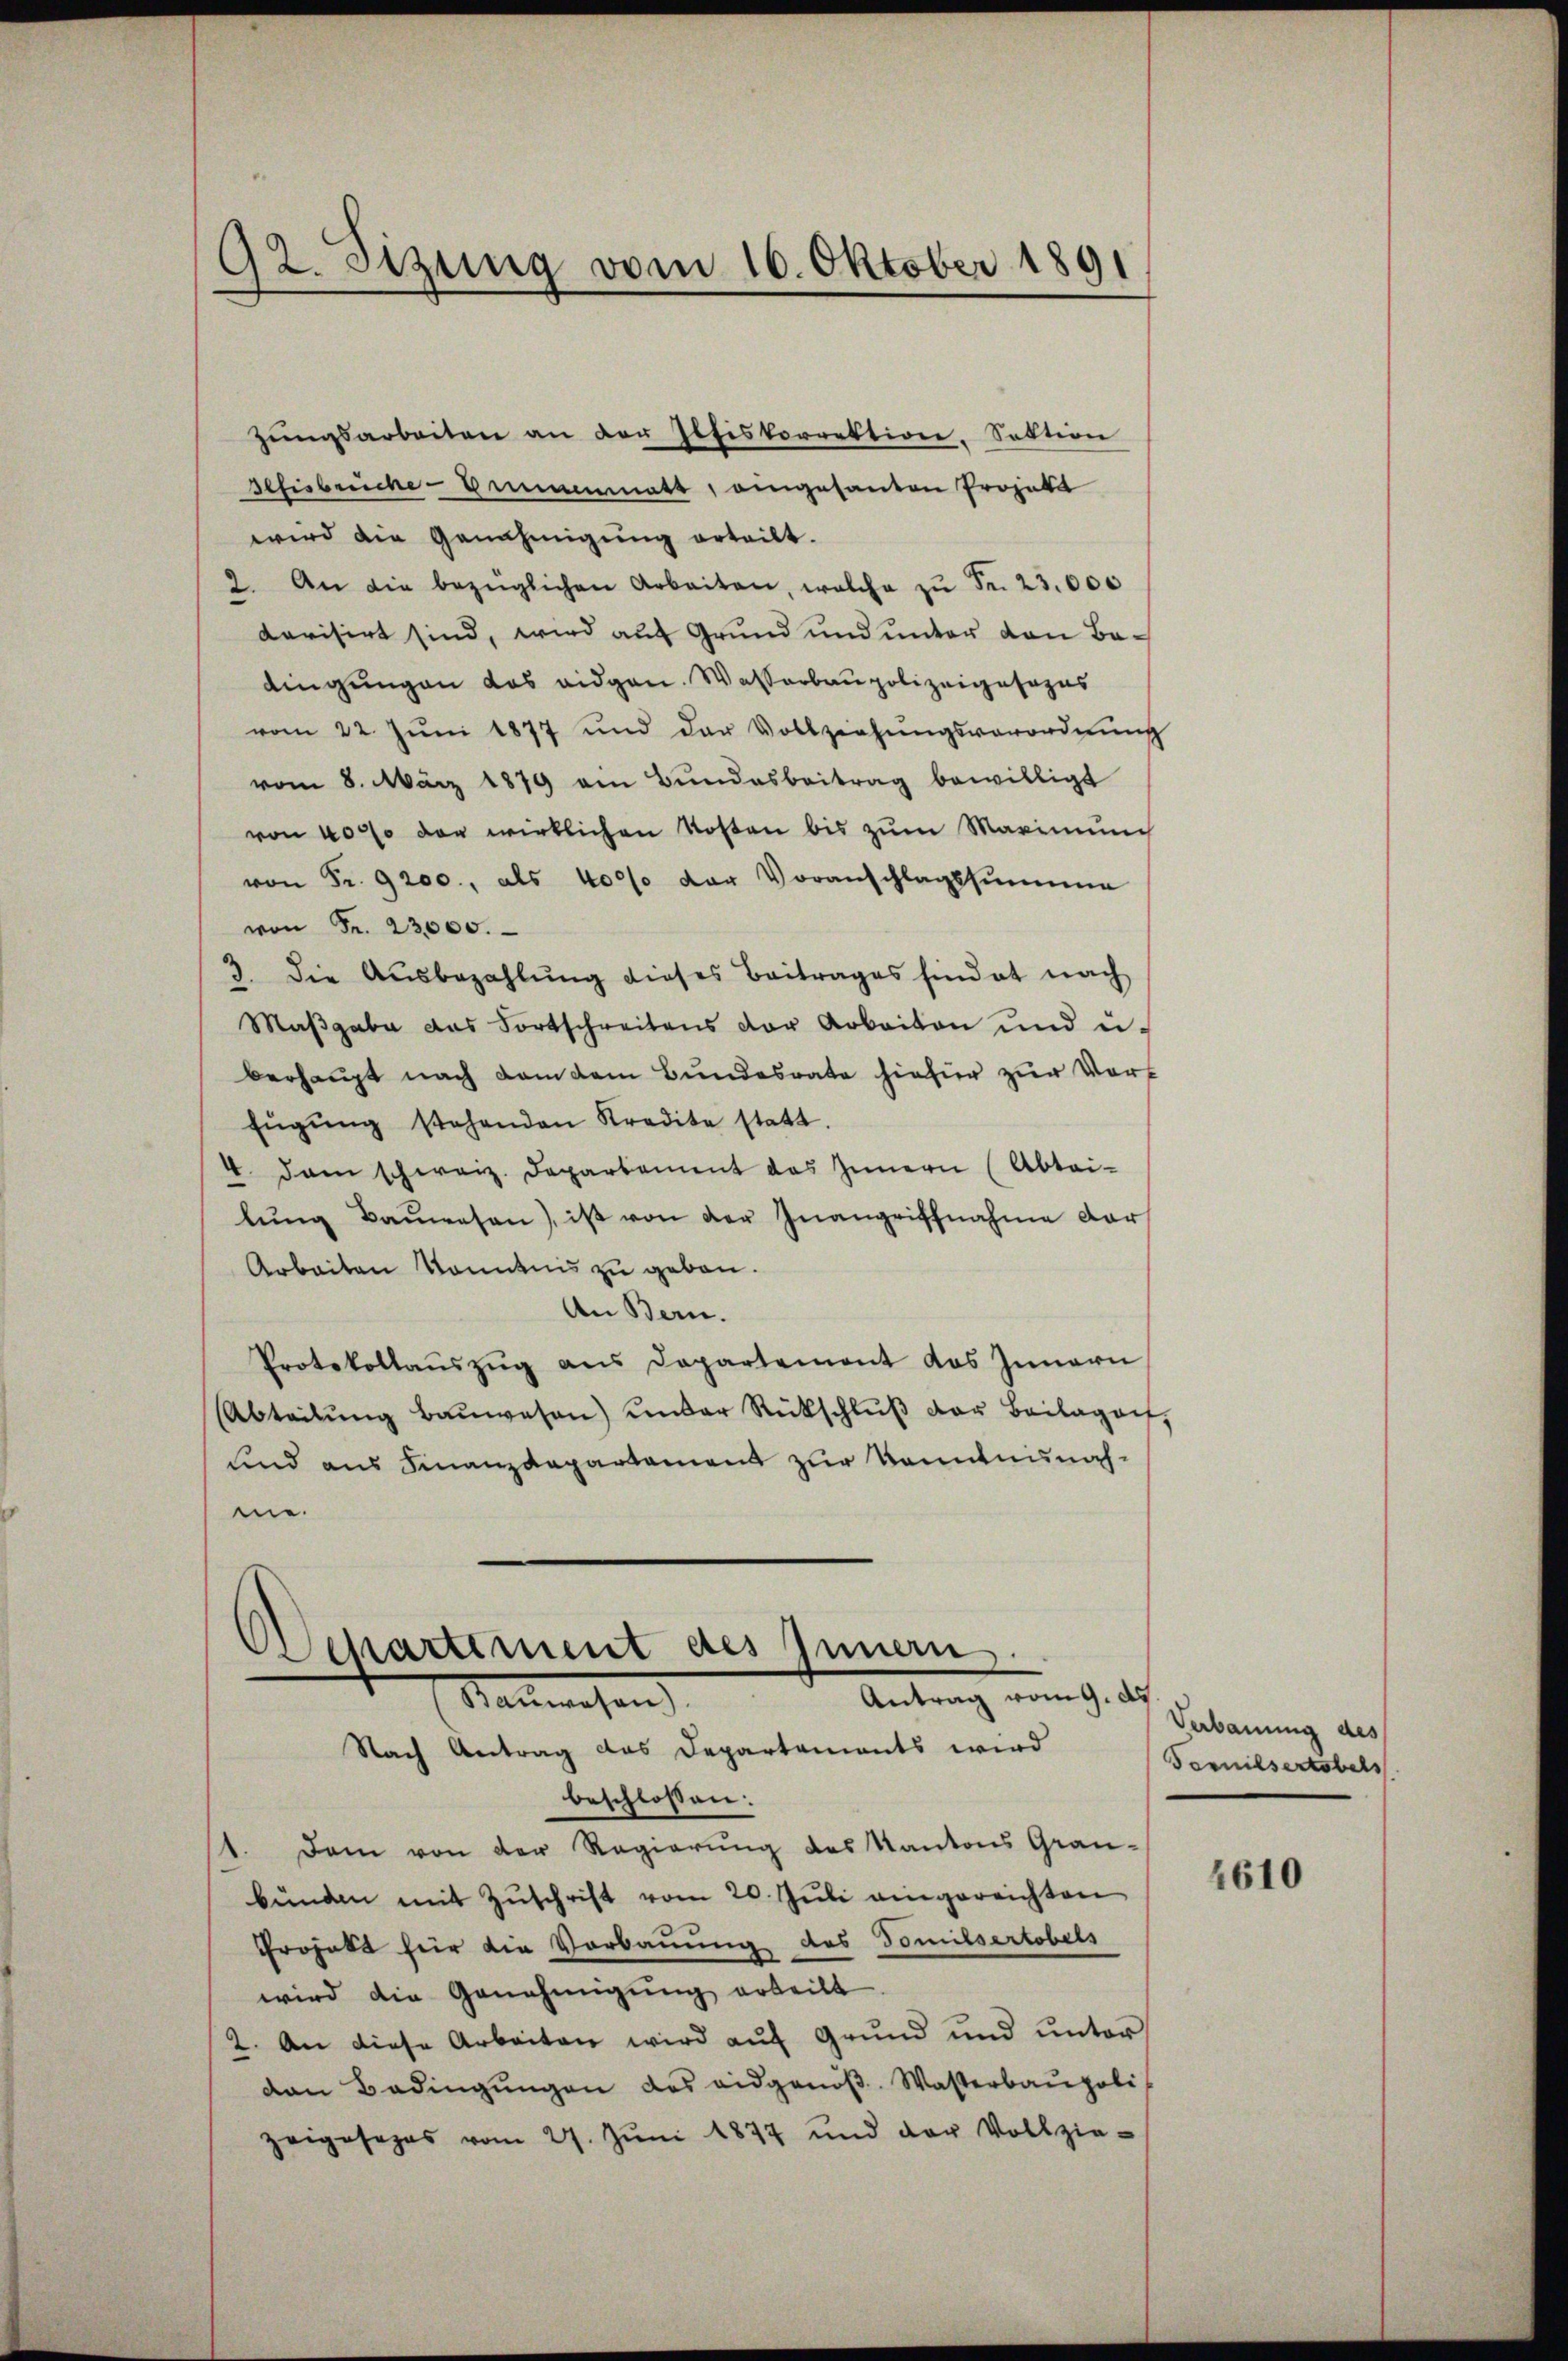
Sefisbruche - Ammenmatt, angesanten Projekt
wird die Genehmigung erteilt.
2. An die bezüglichen Arbeiten, welche zŭ Fr. 23,000
darisirt sind, wird auf Grund und unter von Badingungen das eidgen. Wasserbaupolizeigesezes
vom 22. Jŭni 1877 und der Vollziehŭngsverordnŭng
vom 8. März 1879 am Bundesbeitrag bewilligt
von 4000 der wirklichen Kosten bis zum Marinung
von Fr. 9200., als 4000 der Voranschlagssummen
von Fr. 23,000.
3. Die Aŭsbezahlŭng dieses Beitrages hindet nach
Maβgabe das Fortschreitens der Arbeiten und ei-
berhaupt nach dem dem Bundesrate hiefür zur Vort
Eŭgŭng stehenden Kredite statt.
4. dan schweiz. Departement das Innern (Abtei-
lŭng Baŭwesen), ist von der Inangriffnahme dar
Arbeiten konntnis zu geben.
An Bern.
Protokollaŭszŭg ans Departement das Innern
Abteilŭng Baŭwesen) under Rückschlŭβ der Beilagen,
und aus Finanzdepartement zur Kenntnisnahme.
Departement des Innern
Antrag vom 9. d.
Nauwesen
Nach Antrag das Departements wird
beschlossen:
1. Dem von der Regierung des Kantons Grau-
bunden mit Zuschrift vom 20. Juli eingereichten
Projekt für die Vorbauung des Tomilsertobels
wird die Genehmigung erteilt
2. An diese Arbeiten wird auf Grund und unter
van Bedingungen des eidgenöß. Wasserbaupoli
zeigesezes vom 27. Jŭni 1877 und der Vollzie-

92. Sizung vom 16. Oktober 1891

zŭngsarbeiten an der Iltiskorrektion. Sektion

Verbauung des
Tornilsertobels

4610